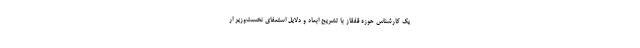
یک کارشناس حوزه قفقاز با تشریح ابعاد و دلایل استعفای نخست‌وزیر ار